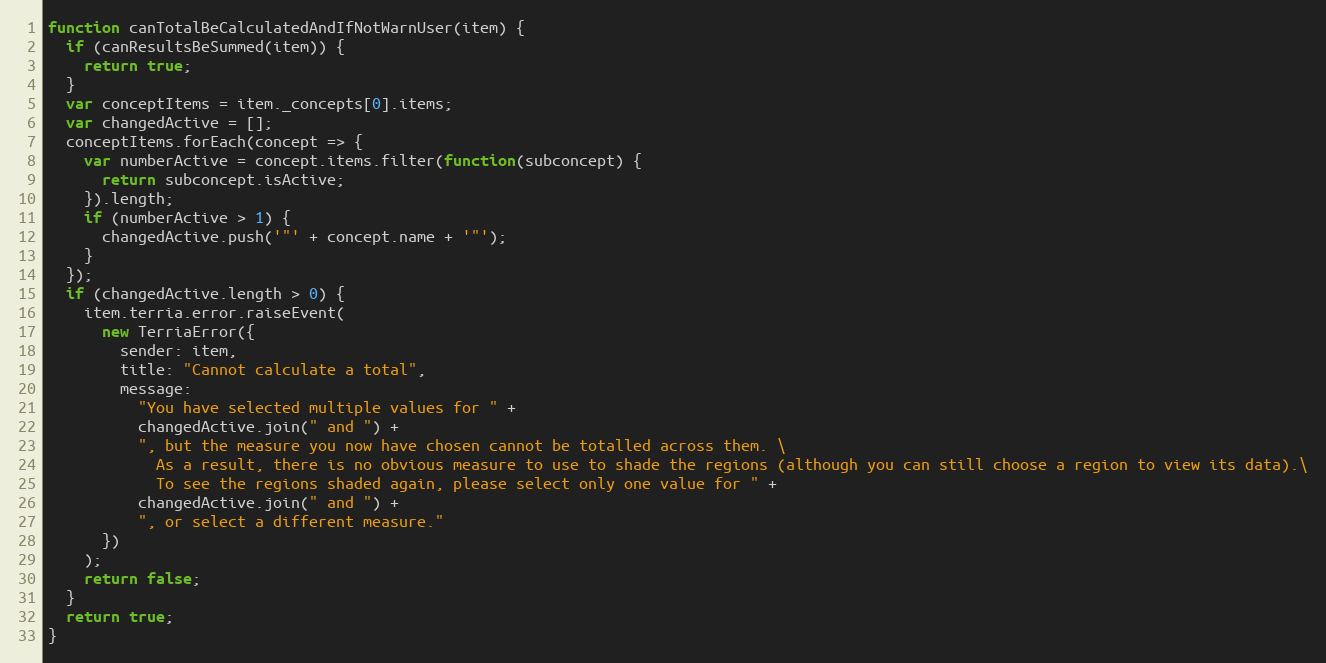
Language: JavaScript
function canTotalBeCalculatedAndIfNotWarnUser(item) {
  if (canResultsBeSummed(item)) {
    return true;
  }
  var conceptItems = item._concepts[0].items;
  var changedActive = [];
  conceptItems.forEach(concept => {
    var numberActive = concept.items.filter(function(subconcept) {
      return subconcept.isActive;
    }).length;
    if (numberActive > 1) {
      changedActive.push('"' + concept.name + '"');
    }
  });
  if (changedActive.length > 0) {
    item.terria.error.raiseEvent(
      new TerriaError({
        sender: item,
        title: "Cannot calculate a total",
        message:
          "You have selected multiple values for " +
          changedActive.join(" and ") +
          ", but the measure you now have chosen cannot be totalled across them. \
            As a result, there is no obvious measure to use to shade the regions (although you can still choose a region to view its data).\
            To see the regions shaded again, please select only one value for " +
          changedActive.join(" and ") +
          ", or select a different measure."
      })
    );
    return false;
  }
  return true;
}